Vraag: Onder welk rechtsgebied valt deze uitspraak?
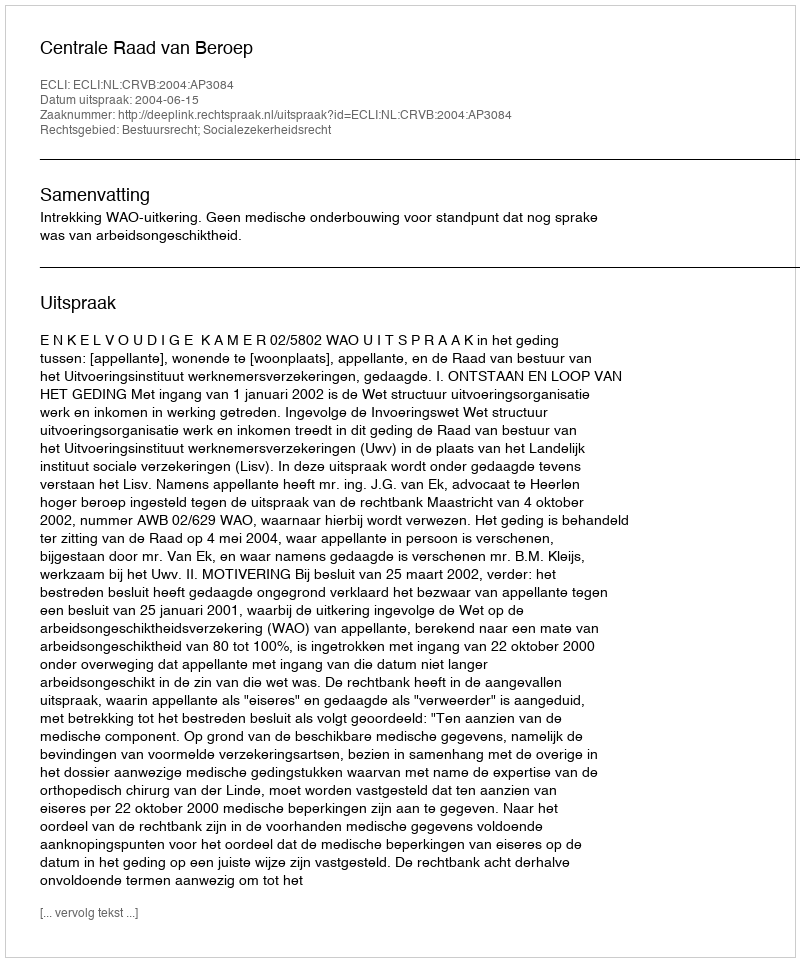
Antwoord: Bestuursrecht; Socialezekerheidsrecht